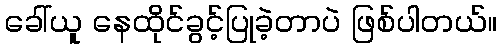
ခေါ်ယူ နေထိုင်ခွင့်ပြုခဲ့တာပဲ ဖြစ်ပါတယ်။